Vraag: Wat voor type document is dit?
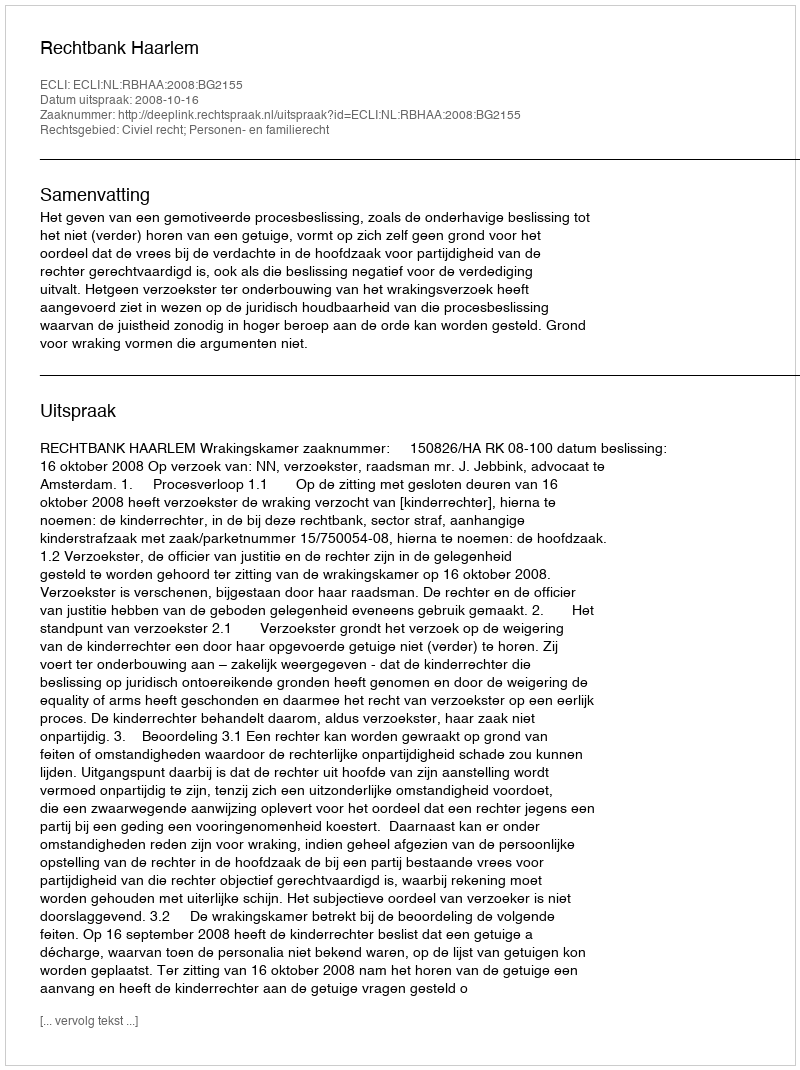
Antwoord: Uitspraak